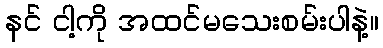
နင် ငါ့ကို အထင်မသေးစမ်းပါနဲ့။